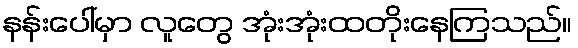
နန်းပေါ်မှာ လူတွေ အုံးအုံးထတိုးနေကြသည်။